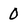
Character: 0